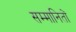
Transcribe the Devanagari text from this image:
सम्मानितों